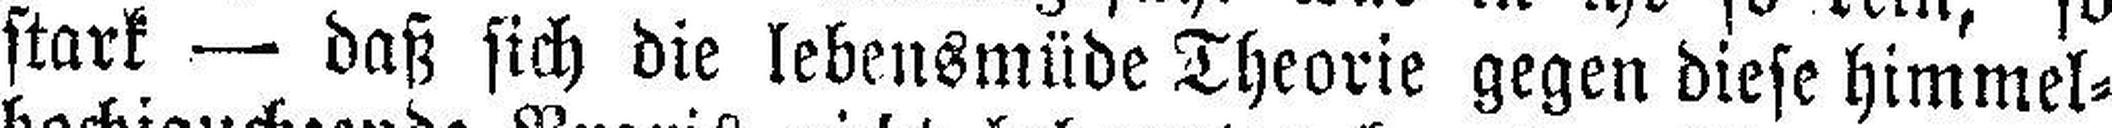
stark — daß sich die lebensmüde Theorie gegen diese himmel¬